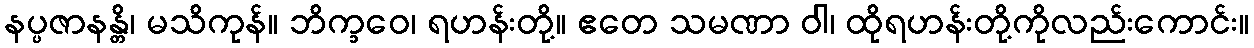
နပ္ပဇာနန္တိ၊ မသိကုန်။ ဘိက္ခဝေ၊ ရဟန်းတို့။ ဧတေ သမဏာ ဝါ၊ ထိုရဟန်းတို့ကိုလည်းကောင်း။